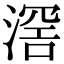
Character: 滘